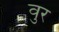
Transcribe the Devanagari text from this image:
वुर